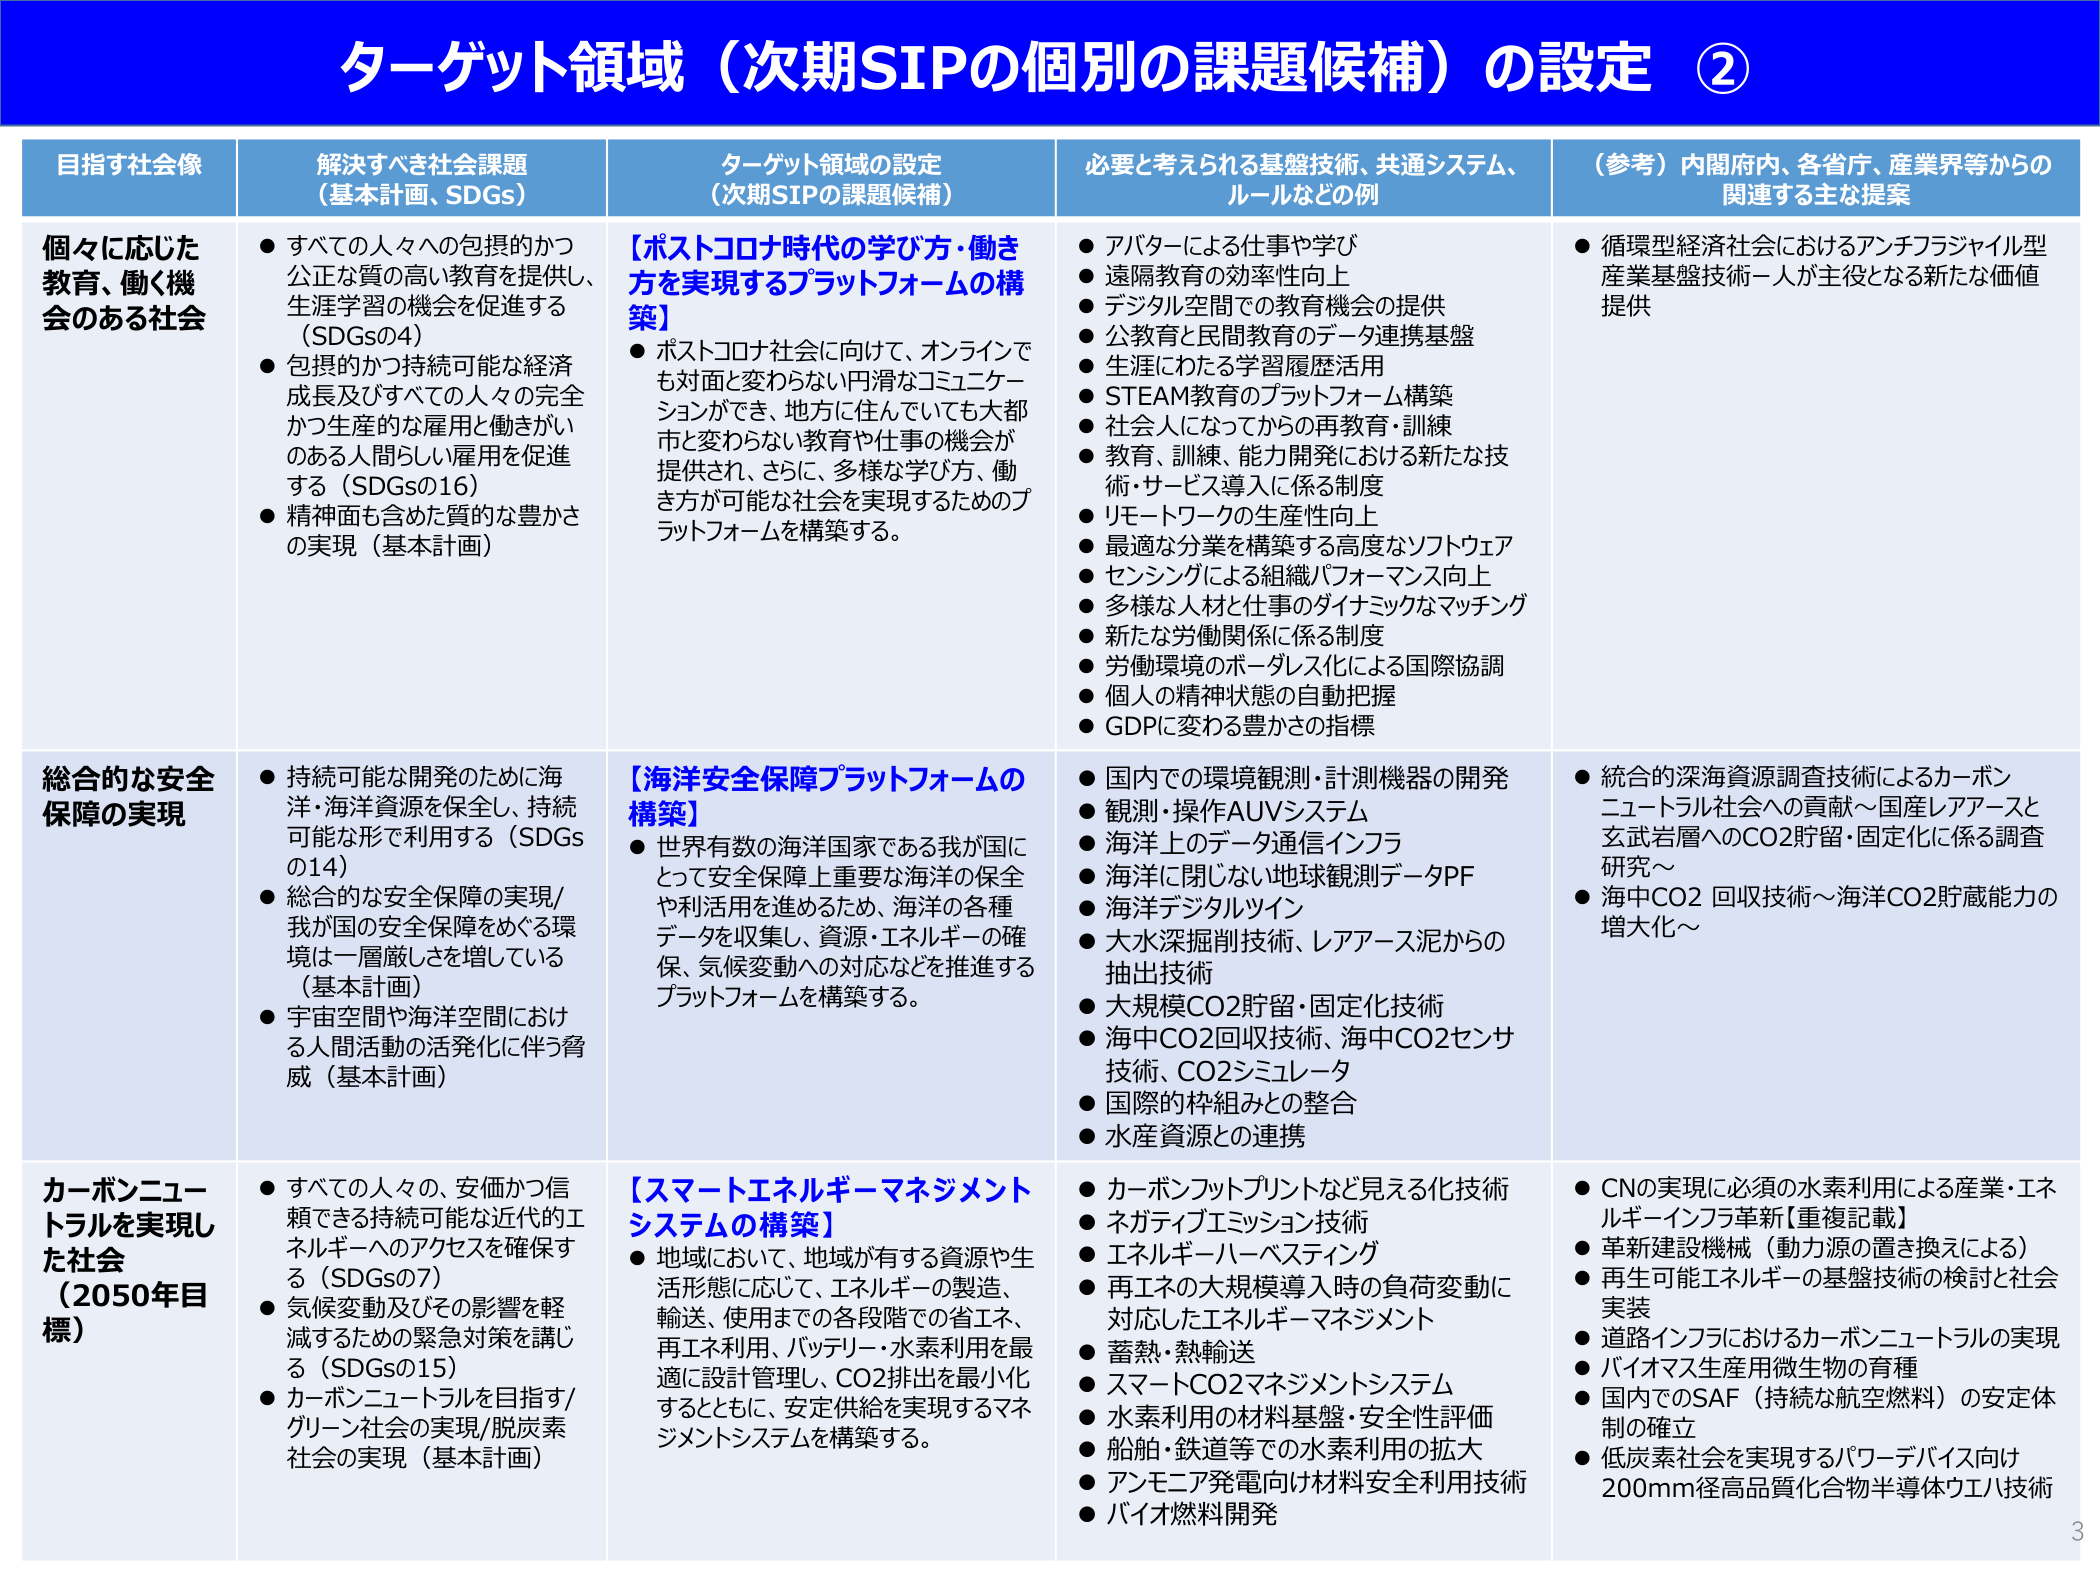
ターゲット領域（次期SIPの個別の課題候補）の設定 ②

目指す社会像 解決すべき社会課題 （基本計画、SDGs） ターゲット領域の設定 （次期SIPの課題候補） 必要と考えられる基盤技術、共通システム、 ルールなどの例 （参考）内閣府内、各省庁、産業界等からの 関連する主な提案

個々に応じた 教育、働く機 会のある社会 ● すべての人々への包摂的かつ 公正な質の高い教育を提供し、 生涯学習の機会を促進する （SDGsの4） ● 包摂的かつ持続可能な経済 成長及びすべての人々の完全 かつ生産的な雇用と働きがい のある人間らしい雇用を促進 する（SDGsの16） ● 精神面も含めた質的な豊かさ の実現（基本計画） 【ポストコロナ時代の学び方・働き 方を実現するプラットフォームの構 築】 ● ポストコロナ社会に向けて、オンラインで も対面と変わらない円滑なコミュニケー ションができ、地方に住んでいても大都 市と変わらない教育や仕事の機会が 提供され、さらに、多様な学び方、働 き方が可能な社会を実現するためのプ ラットフォームを構築する。 ● アバターによる仕事や学び ● 遠隔教育の効率性向上 ● デジタル空間での教育機会の提供 ● 公教育と民間教育のデータ連携基盤 ● 生涯にわたる学習履歴活用 ● STEAM教育のプラットフォーム構築 ● 社会人になってからの再教育・訓練 ● 教育、訓練、能力開発における新たな技 術・サービス導入に係る制度 ● リモートワークの生産性向上 ● 最適な分業を構築する高度なソフトウェア ● センシングによる組織パフォーマンス向上 ● 多様な人材と仕事のダイナミックなマッチング ● 新たな労働関係に係る制度 ● 労働環境のボーダレス化による国際協調 ● 個人の精神状態の自動把握 ● GDPに変わる豊かさの指標 ● 循環型経済社会におけるアンチフラジャイル型 産業基盤技術－人が主役となる新たな価値 提供

総合的な安全 保障の実現 ● 持続可能な開発のために海 洋・海洋資源を保全し、持続 可能な形で利用する（SDGs の14） ● 総合的な安全保障の実現/ 我が国の安全保障をめぐる環 境は一層厳しさを増している （基本計画） ● 宇宙空間や海洋空間におけ る人間活動の活発化に伴う脅 威（基本計画） 【海洋安全保障プラットフォームの 構築】 ● 世界有数の海洋国家である我が国に とって安全保障上重要な海洋の保全 や利活用を進めるため、海洋の各種 データを収集し、資源・エネルギーの確 保、気候変動への対応などを推進する プラットフォームを構築する。 ● 国内での環境観測・計測機器の開発 ● 観測・操作AUVシステム ● 海洋上のデータ通信インフラ ● 海洋に閉じない地球観測データPF ● 海洋デジタルツイン ● 大水深掘削技術、レアアース泥からの 抽出技術 ● 大規模CO2貯留・固定化技術 ● 海中CO2回収技術、海中CO2センサ 技術、CO2シミュレータ ● 国際的枠組みとの整合 ● 水産資源との連携 ● 統合的深海資源調査技術によるカーボン ニュートラル社会への貢献～国産レアアースと 玄武岩層へのCO2貯留・固定化に係る調査 研究～ ● 海中CO2 回収技術～海洋CO2貯蔵能力の 増大化～

カーボンニュー トラルを実現し た社会 （2050年目 標） ● すべての人々の、安価かつ信 頼できる持続可能な近代的エ ネルギーへのアクセスを確保す る（SDGsの7） ● 気候変動及びその影響を軽 減するための緊急対策を講じ る（SDGsの15） ● カーボンニュートラルを目指す/ グリーン社会の実現/脱炭素 社会の実現（基本計画） 【スマートエネルギーマネジメント システムの構築】 ● 地域において、地域が有する資源や生 活形態に応じて、エネルギーの製造、 輸送、使用までどの各段階での省エネ、 再エネ利用、バッテリー・水素利用を最 適に設計管理し、CO2排出を最小化 するとともに、安定供給を実現するマネ ジメントシステムを構築する。 ● カーボンフットプリントなど見える化技術 ● ネガティブエミッション技術 ● エネルギーハーベスティング ● 再エネの大規模導入時の負荷変動に 対応したエネルギーマネジメント ● 蓄熱・熱輸送 ● スマートCO2マネジメントシステム ● 水素利用の材料基盤・安全性評価 ● 船舶・鉄道等での水素利用の拡大 ● アンモニア発電向け材料安全利用技術 ● バイオ燃料開発 ● CNの実現に必須の水素利用による産業・エネ ルギーインフラ革新【重複記載】 ● 革新建設機械（動力源の置き換えによる） ● 再生可能エネルギーの基盤技術の検討と社会 実装 ● 道路インフラにおけるカーボンニュートラルの実現 ● バイオマス生産用微生物の育種 ● 国内でのSAF（持続な航空燃料）の安定体 制の確立 ● 低炭素社会を実現するパワーデバイス向け 200mm径高品質化合物半導体ウエハ技術

3